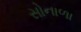
સોનાળા